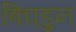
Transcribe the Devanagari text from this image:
बिघडुन